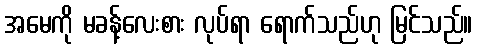
အမေကို မခန့်လေးစား လုပ်ရာ ရောက်သည်ဟု မြင်သည်။